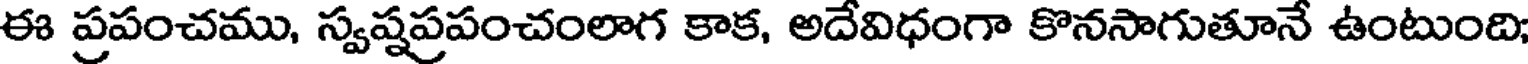
ఈ ప్రపంచము, స్వష్షప్రపంచంలాగ కాక, అదేవిధంగా కొనసాగుతూనే ఉంటుంది